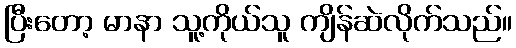
ပြီးတော့ မာနာ သူ့ကိုယ်သူ ကျိန်ဆဲလိုက်သည်။